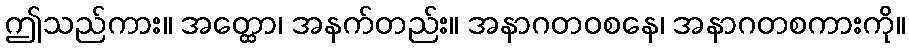
ဤသည်ကား။ အတ္ထော၊ အနက်တည်း။ အနာဂတဝစနေ၊ အနာဂတစကားကို။